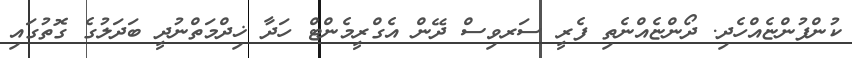
ކުންފުންޏެއްހެދި. ދޯންޏެއްނެތި ފެރީ ސަރވިސް ދޭން އެގްރީމެންޓް ހަދާ ޚިދްމަތްނުދީ ބަދަލުގެ ގޮތުގައި